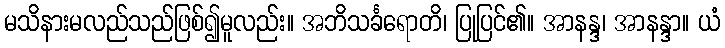
မသိနားမလည်သည်ဖြစ်၍မူလည်း။ အဘိသင်္ခရောတိ၊ ပြုပြင်၏။ အာနန္ဒ၊ အာနန္ဒာ။ ယံ